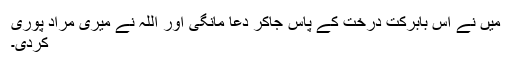
میں نے اس بابرکت درخت کے پاس جاکر دعا مانگی اور اللہ نے میری مراد پوری
کردی۔